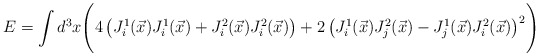
\begin{align*}E=\int d^3x\Biggl(4\left(J^1_i(\vec x)J^1_i(\vec x)+J^2_i(\vec x)J^2_i(\vec x)\right)+2\left(J^1_i(\vec x)J^2_j(\vec x)-J^1_j(\vec x)J^2_i(\vec x)\right)^2\Biggr)\end{align*}